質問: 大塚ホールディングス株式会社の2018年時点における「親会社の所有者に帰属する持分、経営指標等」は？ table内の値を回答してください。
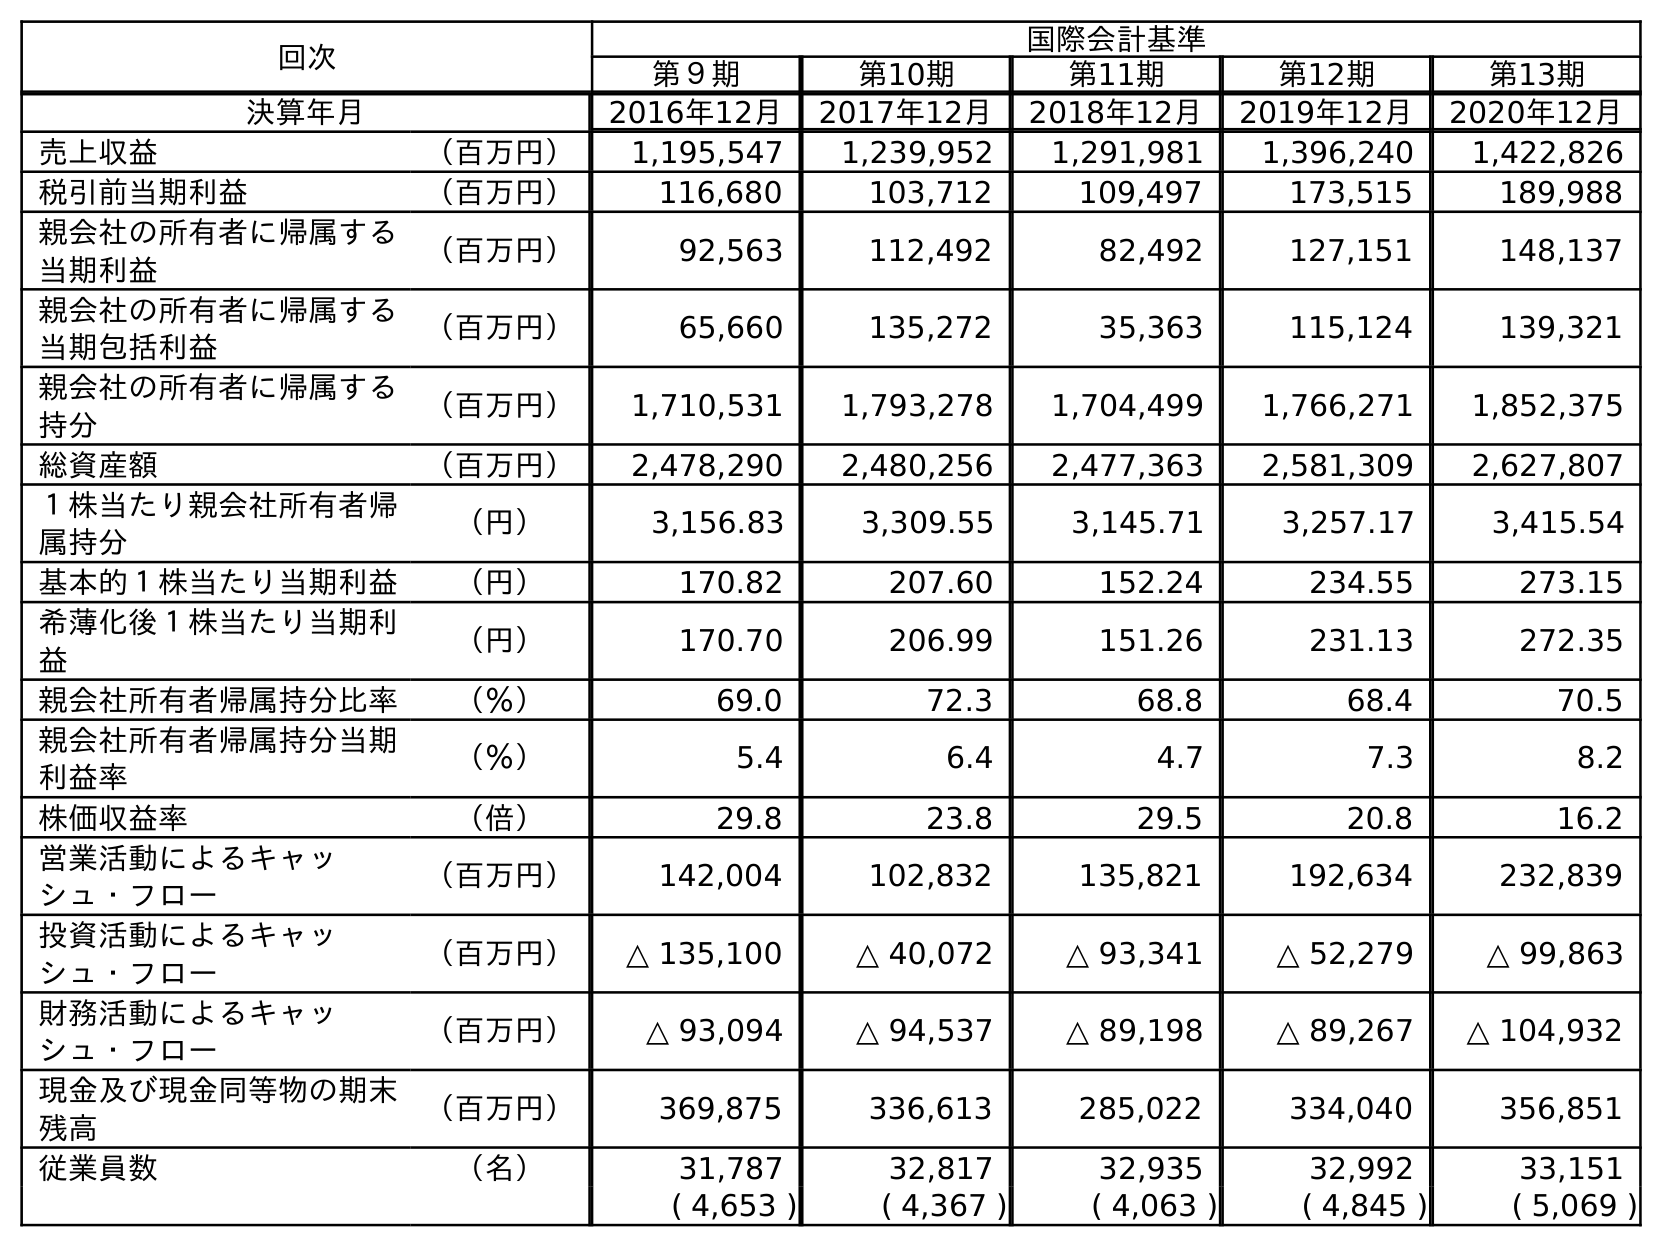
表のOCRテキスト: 回次 国際会計基準 第９期 第10期 第11期 第12期 第13期 決算年月 2016年12月 2017年12月 2018年12月 2019年12月 2020年12月 売上収益 （百万円） 1,195,547 1,239,952 1,291,981 1,396,240 1,422,826 税引前当期利益 （百万円） 116,680 103,712 109,497 173,515 189,988 親会社の所有者に帰属する 当期利益 （百万円） 92,563 112,492 82,492 127,151 148,137 親会社の所有者に帰属する 当期包括利益 （百万円） 65,660 135,272 35,363 115,124 139,321 親会社の所有者に帰属する 持分 （百万円） 1,710,531 1,793,278 1,704,499 1,766,271 1,852,375 総資産額 （百万円） 2,478,290 2,480,256 2,477,363 2,581,309 2,627,807 １株当たり親会社所有者帰 属持分 （円） 3,156.83 3,309.55 3,145.71 3,257.17 3,415.54 基本的１株当たり当期利益 （円） 170.82 207.60 152.24 234.55 273.15 希薄化後１株当たり当期利 益 （円） 170.70 206.99 151.26 231.13 272.35 親会社所有者帰属持分比率 （％） 69.0 72.3 68.8 68.4 70.5 親会社所有者帰属持分当期 利益率 （％） 5.4 6.4 4.7 7.3 8.2 株価収益率 （倍） 29.8 23.8 29.5 20.8 16.2 営業活動によるキャッ シュ・フロー （百万円） 142,004 102,832 135,821 192,634 232,839 投資活動によるキャッ シュ・フロー （百万円） △ 135,100 △ 40,072 △ 93,341 △ 52,279 △ 99,863 財務活動によるキャッ シュ・フロー （百万円） △ 93,094 △ 94,537 △ 89,198 △ 89,267 △ 104,932 現金及び現金同等物の期末 残高 （百万円） 369,875 336,613 285,022 334,040 356,851 従業員数 （名） 31,787 32,817 32,935 32,992 33,151 ( 4,653 ) ( 4,367 ) ( 4,063 ) ( 4,845 ) ( 5,069 )
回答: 1,704,499